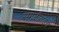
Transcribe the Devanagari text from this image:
सगळीकडचे